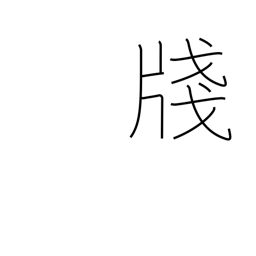
Meaning: composition